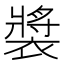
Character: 𫌏